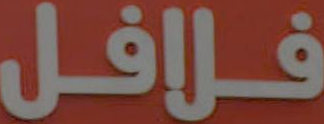
فلافل